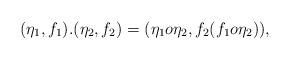
LaTeX: \begin{align*}(\eta_1,f_1).(\eta_2,f_2)=(\eta_1 o \eta_2,f_2(f_1 o \eta_2)),\end{align*}